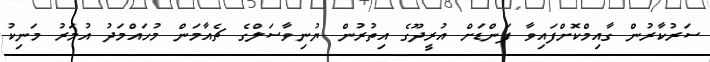
ސަރުކާރުން ގާއިމްކޮށްފައިވާ ފަންޑަށް އުރީދޫގެ އިތުރުން ޔުނިވާސަލްގެ ޗެއާމަން މުހައްމަދު އުމަރު މަނިކު